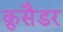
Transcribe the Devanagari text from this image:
क्रुसैडर